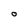
Character: o